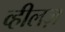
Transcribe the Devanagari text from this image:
व्हीलज़